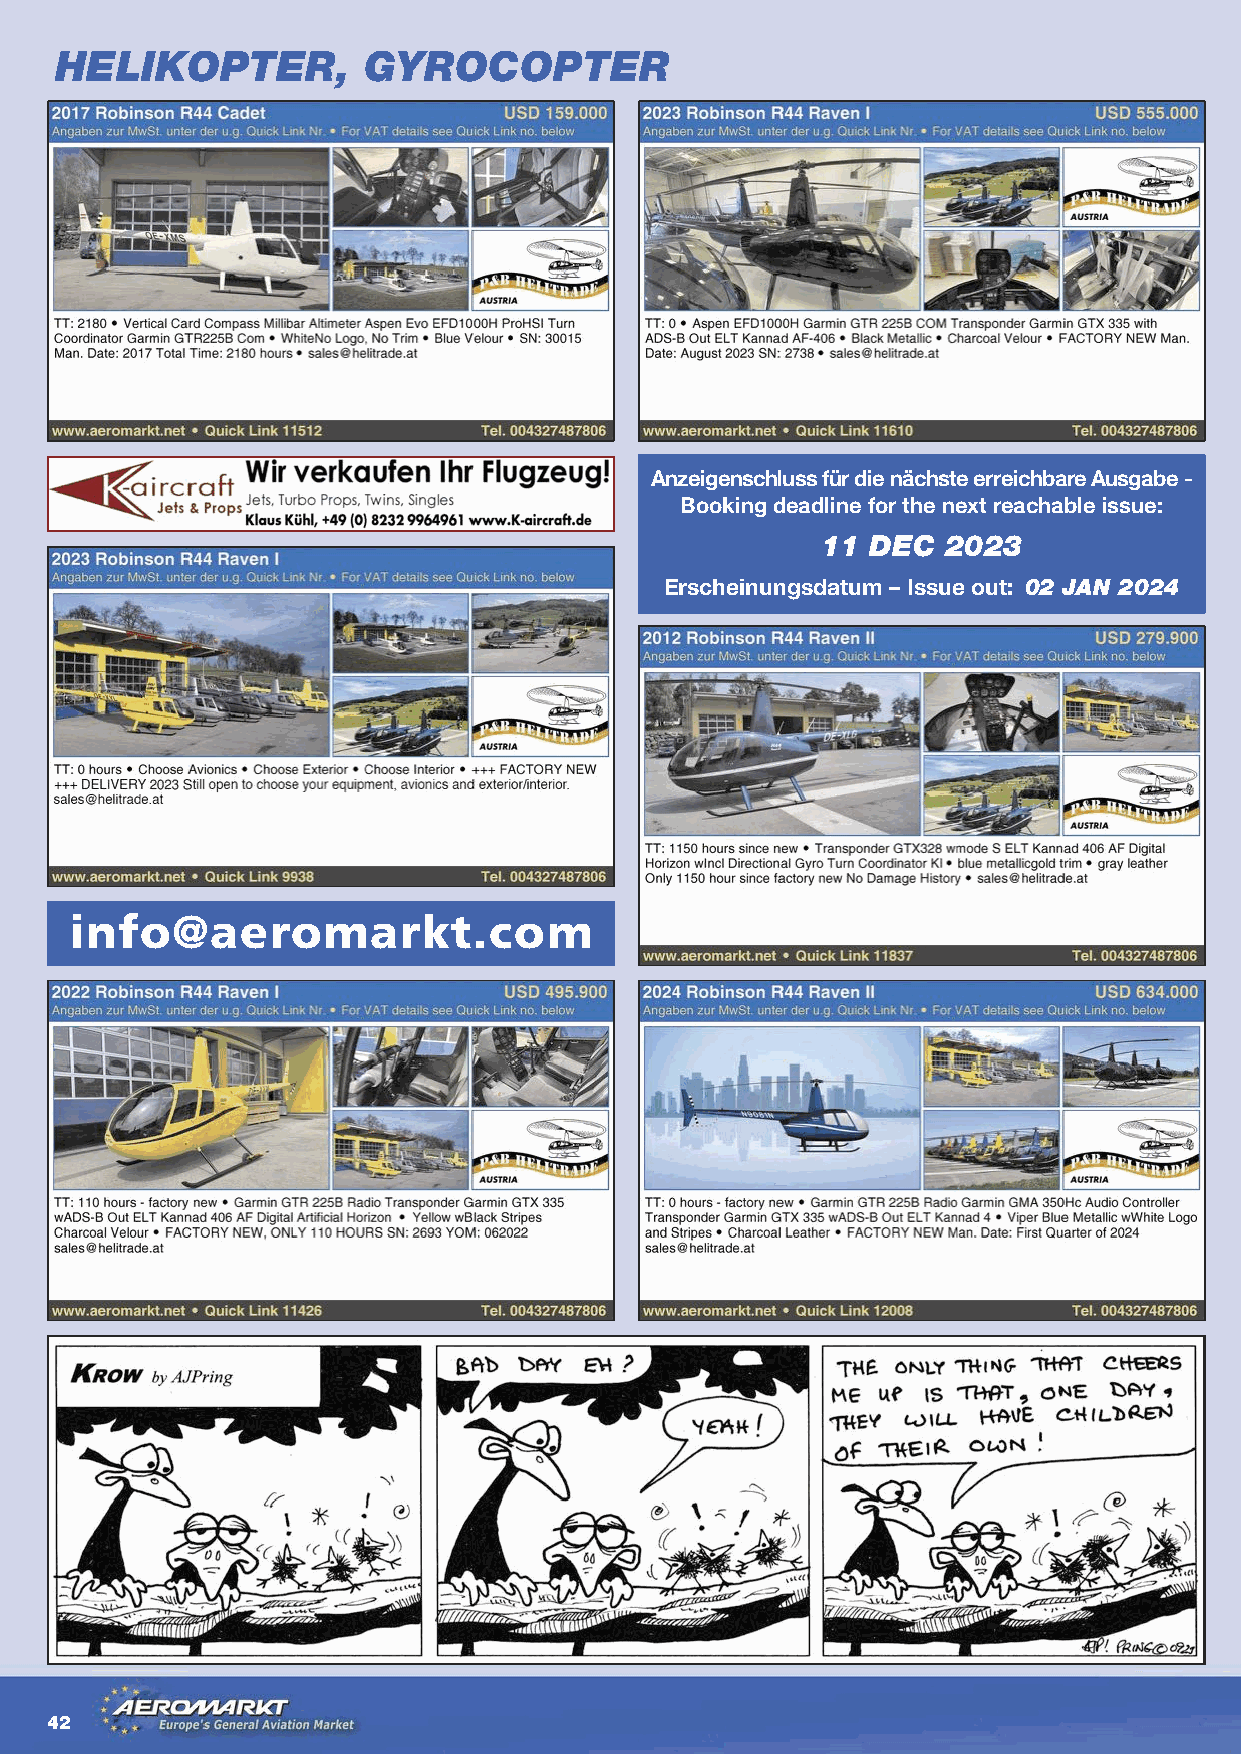
HELIKOPTER,         GYROCOPTER
 Anzeigenschluss für die nächste erreichbare Ausgabe -
 Booking deadline for the next reachable issue:
 11  DEC  2023
 Erscheinungsdatum – Issue out: 02 JAN 2024
 info@aeromarkt.com
 42